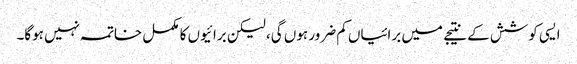
ایسی کوشش کے نتیجے میں برائیاں کم ضرور ہوں گی، لیکن برائیوں کا مکمل خاتمہ نہیں ہوگا۔